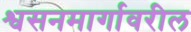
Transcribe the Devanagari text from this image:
श्वसनमार्गावरील